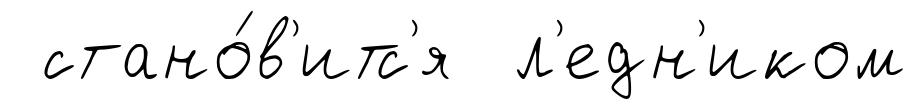
стано́в'итс'я л'едн'иком